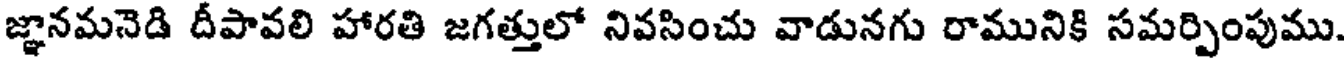
జ్ఞానమనెడి దీపావలి హారతి జగత్తులో నివసించు వాడునగు రామునికి సమర్పింపుము.